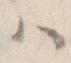
ハ